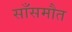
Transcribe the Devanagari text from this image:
साँसमौत